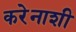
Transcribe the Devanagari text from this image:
करेेनाशी